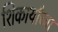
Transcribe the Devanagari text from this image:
शिकार्यांच्या